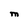
Character: M